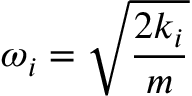
{ \omega } _ { i } = \sqrt { \frac { 2 k _ { i } } { m } }